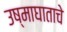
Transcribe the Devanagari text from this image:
उष्माघाताचे